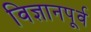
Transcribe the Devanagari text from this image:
विज्ञानपूर्व